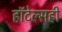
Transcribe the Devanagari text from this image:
हॉटेल्सही